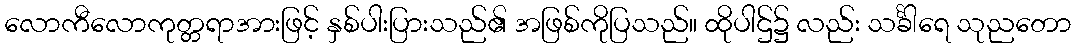
လောကီလောကုတ္တရာအားဖြင့် နှစ်ပါးပြားသည်၏ အဖြစ်ကိုပြသည်။ ထိုပါဌ်၌ လည်း သင်္ခါရေ သုညတော